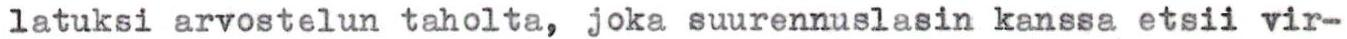
latuksi arvostelun taholta, joka suurennuslasin kanssa etsii vir-